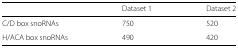
|  | Dataset 1 | Dataset 2 |
 | --- | --- | --- |
 | C/D box snoRNAs | 750 | 520 |
 | H/ACA box snoRNAs | 490 | 420 |